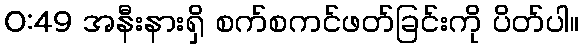
0:49 အနီးနားရှိ စက်စကင်ဖတ်ခြင်းကို ပိတ်ပါ။